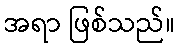
အရာ ဖြစ်သည်။